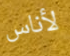
لأناس